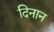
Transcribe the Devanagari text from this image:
दिनान